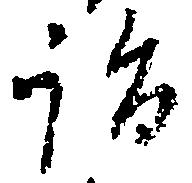
詣